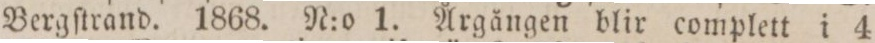
Bergſtrand. 1868. N:o 1. Årgången blir complett i 4